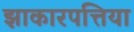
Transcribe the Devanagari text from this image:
झाकारपत्तिया